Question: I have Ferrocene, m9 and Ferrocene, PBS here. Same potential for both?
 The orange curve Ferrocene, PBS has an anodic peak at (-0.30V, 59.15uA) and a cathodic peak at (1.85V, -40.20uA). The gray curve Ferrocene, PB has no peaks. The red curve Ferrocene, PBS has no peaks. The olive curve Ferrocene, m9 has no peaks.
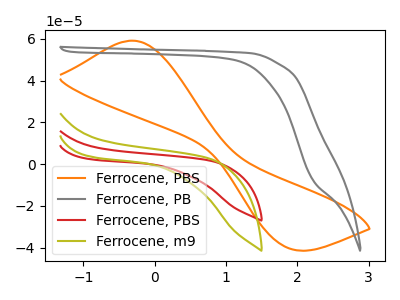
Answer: <think>Neither "Ferrocene, m9" or "Ferrocene, PBS" have any peaks.
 </think>
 <answer>"Ferrocene, m9" and "Ferrocene, PBS" are similar in shape.</answer>
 <eval>same_shape</eval>